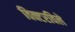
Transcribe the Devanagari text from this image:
विक्टरविले